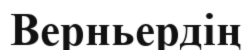
Верньердің